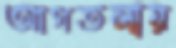
আগতলায়